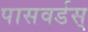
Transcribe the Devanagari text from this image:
पासवर्डस्